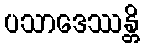
ပသာဒေဿန္တိ